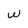
Character: W